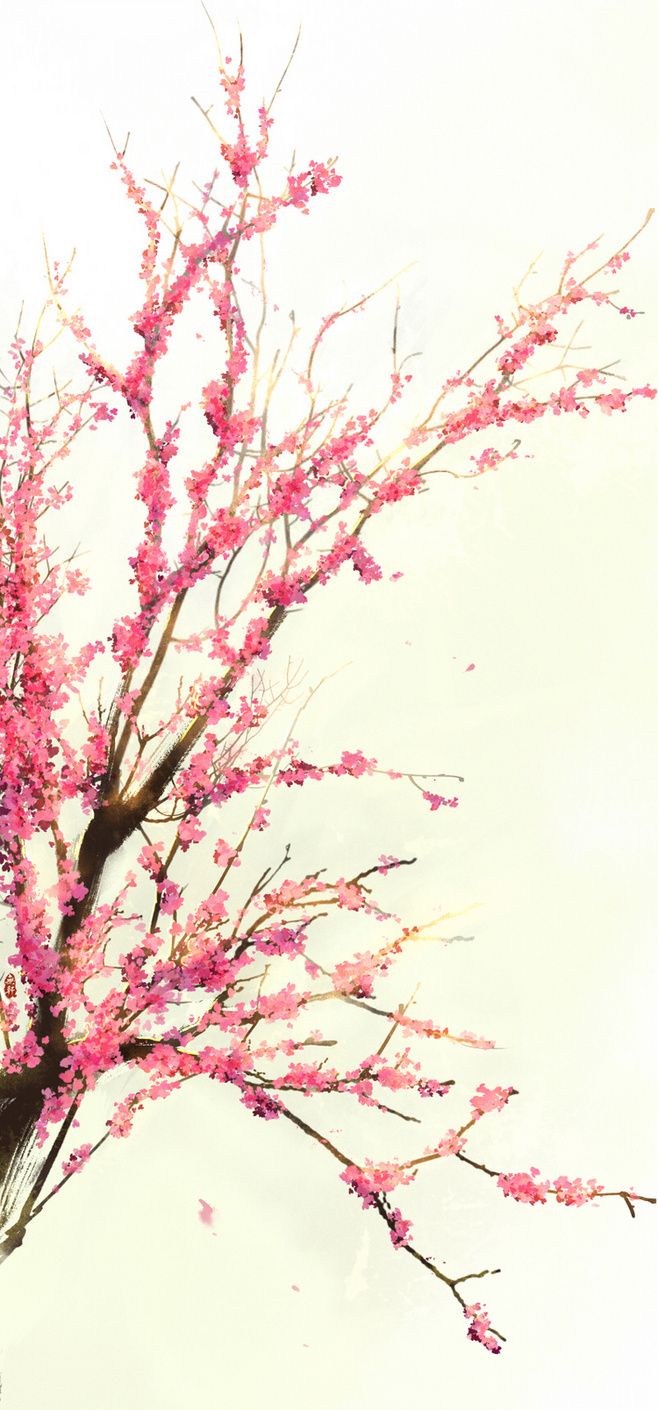
渐行渐远渐无书，水阔鱼沉何处问。